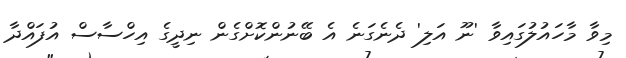
މިވާ މާހައުލުގައިވާ 'ނޫ އަލި' ދެނެގަނެ އެ ބޭނުންކޮށްގެން ނިދީގެ އިހްސާސް އުފައްދާ